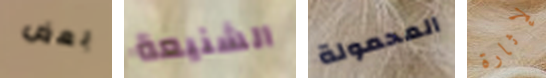
بعض الشنيعة المحمولة لإثارة